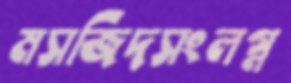
মসজিদসংলগ্ন